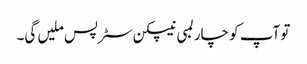
تو آپ کو چار لمبی نیپکن سٹرپس ملیں گی۔